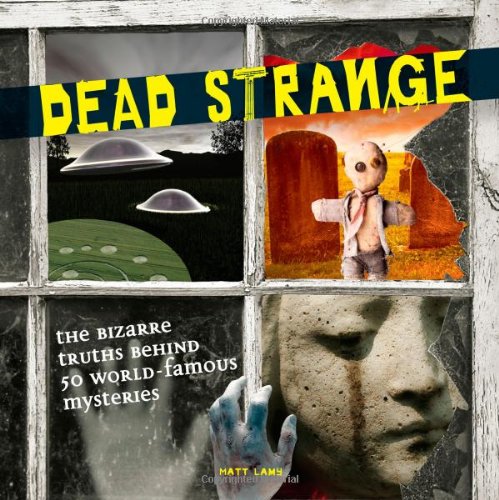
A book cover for Dead Strange: The Bizarre Truths Behind 50 World-Famous Mysteries; Matt Lamy; Humor & Entertainment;